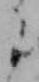
ニ